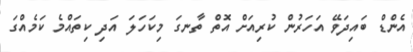
އެންޑް ބައިދަވޭ އަހަރުން ކުރިއަށް އޮތް ތާނގަ މިކަހަލަ އަދި ކިތައްމެ ކަމެއްގަ